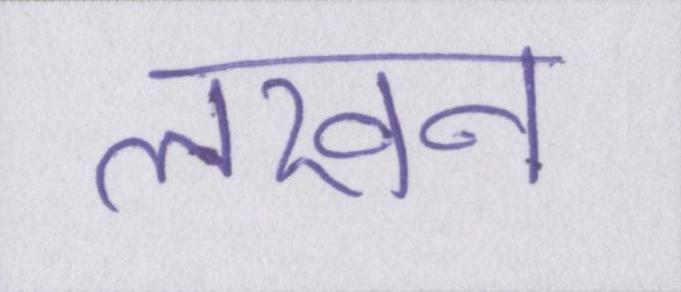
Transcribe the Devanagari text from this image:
लखन